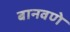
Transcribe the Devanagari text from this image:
बानवणे